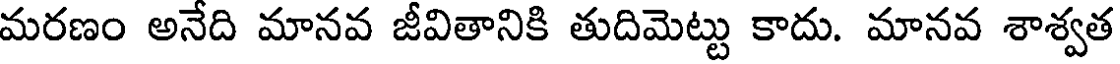
మరణం అనేది మానవ జీవితానికి తుదిమెట్టు కాదు. మానవ శాశ్వత